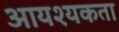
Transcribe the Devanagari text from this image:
आयश्यकता